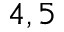
4 , 5